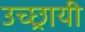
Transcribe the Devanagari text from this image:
उच्छ्रायी